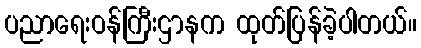
ပညာရေးဝန်ကြီးဌာနက ထုတ်ပြန်ခဲ့ပါတယ်။